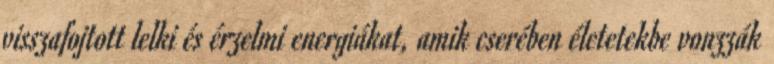
visszafojtott lelki és érzelmi energiákat, amik cserében életetekbe vonzzák